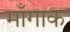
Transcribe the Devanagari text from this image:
माँगाक